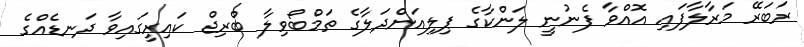
ރަބަރޭ މަރާލާފައި އޮއްވާ ފެނުނީ ލަންކާގެ ޕިލިއަންދަލާގެ ތަމްބޯވިލާ ބްރިޖް ކައިރީގައިވާ ދަނޑެއްގެ